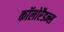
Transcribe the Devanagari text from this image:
कॉलोरैडन्स